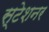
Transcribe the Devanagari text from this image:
स्टेशनर